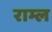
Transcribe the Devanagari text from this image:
राम्ल